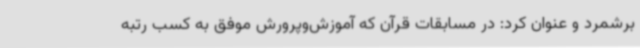
برشمرد و عنوان کرد: در مسابقات قرآن که آموزش‌وپرورش موفق به کسب رتبه